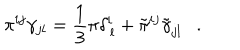
\pi ^ { i j } \gamma _ { j l } = \frac { 1 } { 3 } \pi \delta _ { \, l } ^ { i } + \tilde { \pi } ^ { i j } \tilde { \gamma } _ { j l } .